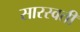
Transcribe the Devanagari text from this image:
सारस्वती